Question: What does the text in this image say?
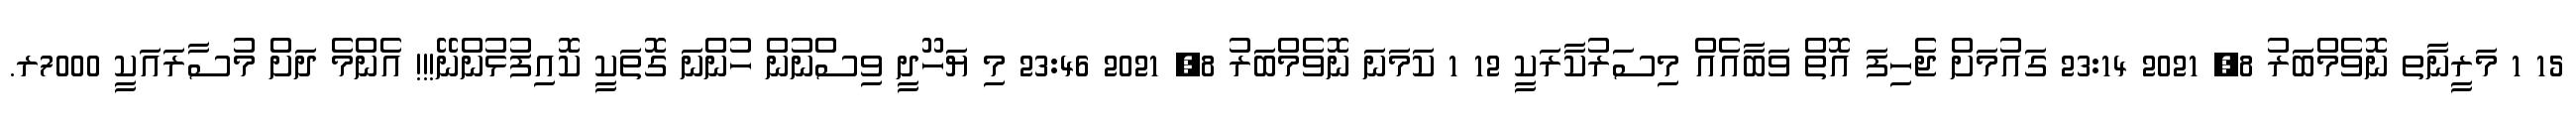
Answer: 15 1 މަރީނާތ ނޮވެމްބަރު 8, 2021 23:14 ގައުމަށް ޖެހިފަ އޮތް ވަބާއެއް މިސަރުކާރަކީ 12 1 ކަމަނަ ނޮވެމްބަރު 8, 2021 23:46 މި ޔަހޫދީ ވިސްނުން ހުންނަ ގޮތަކީ ކޮއިފުޅުންނޭ!!! އެންމެ ދަށް މުސާރައަކީ 7000ރ.